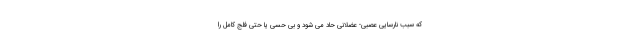
که سبب نارسایی عصبی- عضلانی حاد می شود و بی حسی یا حتی فلج کامل را